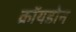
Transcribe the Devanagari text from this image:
क्रॉयडोन